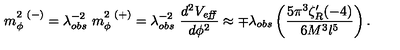
m _ { \phi } ^ { 2 \ ( - ) } = \lambda _ { o b s } ^ { - 2 } \ m _ { \phi } ^ { 2 \ ( + ) } = \lambda _ { o b s } ^ { - 2 } \ { \frac { d ^ { 2 } V _ { \mathrm { \footnotesize \it e f f } } } { d \phi ^ { 2 } } } \approx \mp \lambda _ { o b s } \left( { \frac { 5 \pi ^ { 3 } \zeta _ { R } ^ { \prime } ( - 4 ) } { 6 M ^ { 3 } l ^ { 5 } } } \right) .